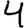
Digit: 4